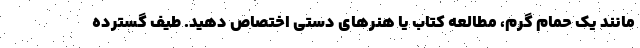
مانند یک حمام گرم، مطالعه کتاب یا هنرهای دستی اختصاص دهید. طیف گسترده